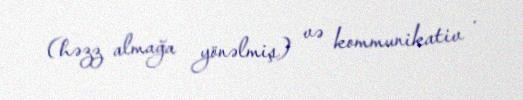
(həzz almağa yönəlmiş) və kommunikativ .